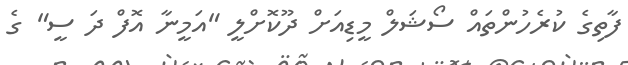
ފާތިގެ ކުރެހުންތައް ސޯޝަލް މީޑިއަށް ދޫކޮށްލީ "އަމީނާ އޮފް ދަ ސީ" ގެ